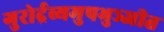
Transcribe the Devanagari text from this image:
गुरोर्द्रव्यमुपभुञ्जीत